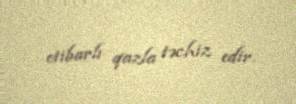
etibarlı qazla təchiz edir.